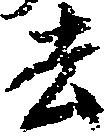
去